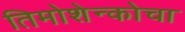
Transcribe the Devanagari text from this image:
तिमोशेन्कोचा